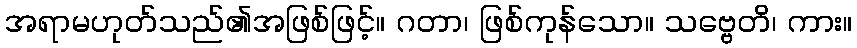
အရာမဟုတ်သည်၏အဖြစ်ဖြင့်။ ဂတာ၊ ဖြစ်ကုန်သော။ သဗ္ဗေတိ၊ ကား။